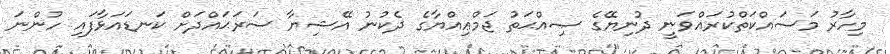
މިހާރު މަސައްކަތްކުރައްވަނީ ދުނިޔޭގެ ޞިއްޙަތު ޖަމްޢިއްޔާގެ ދެކުނު އޭޝިޔާ ސަރަޙައްދަށް ކަނޑައަޅާފައި ހުންނަ